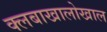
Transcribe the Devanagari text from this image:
क्लबाखालोखाल